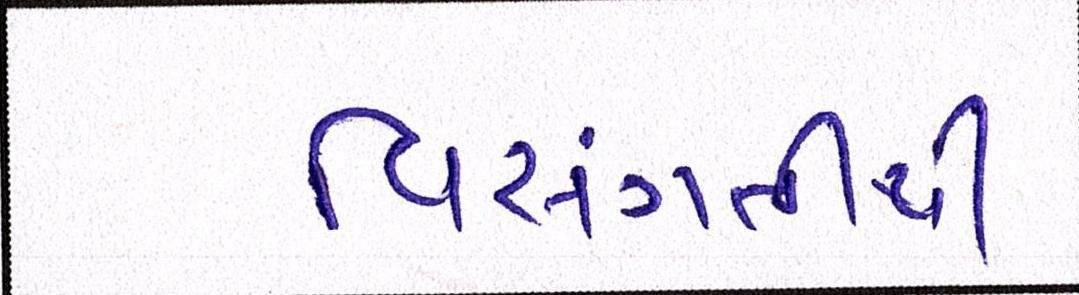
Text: વિસંગતીથી